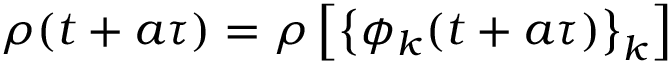
\rho ( t + a \tau ) = \rho \left[ \left\{ \phi _ { k } ( t + a \tau ) \right\} _ { k } \right]